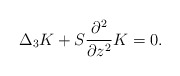
\begin{align*}\Delta_3K+S\frac{\partial^2}{\partial z^2}K=0.\end{align*}